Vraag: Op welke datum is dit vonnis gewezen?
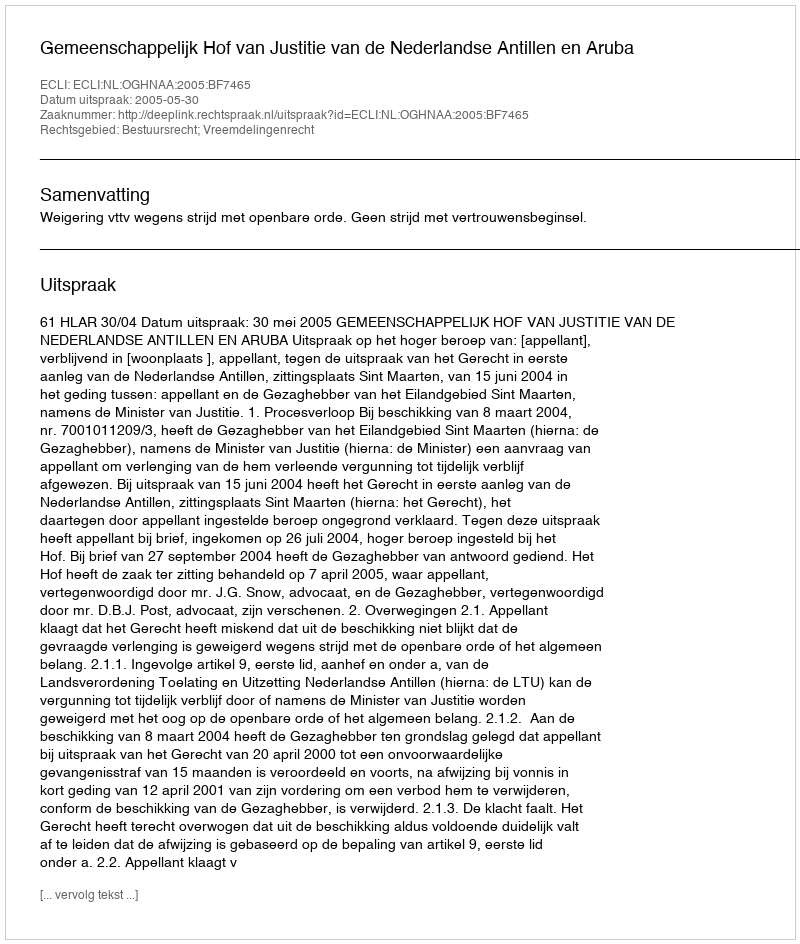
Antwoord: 2005-05-30